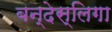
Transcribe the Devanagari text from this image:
बन्देस्लिगा